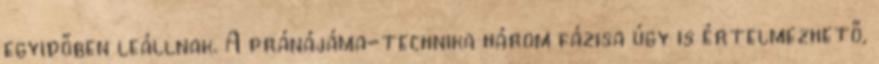
egyidőben leállnak. A pránájáma-technika három fázisa úgy is értelmezhető,